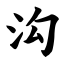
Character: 沟